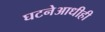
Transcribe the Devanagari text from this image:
घटनेआधीही